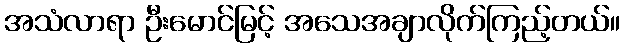
အသံလာရာ ဦးမောင်မြင့် အသေအချာလိုက်ကြည့်တယ်။